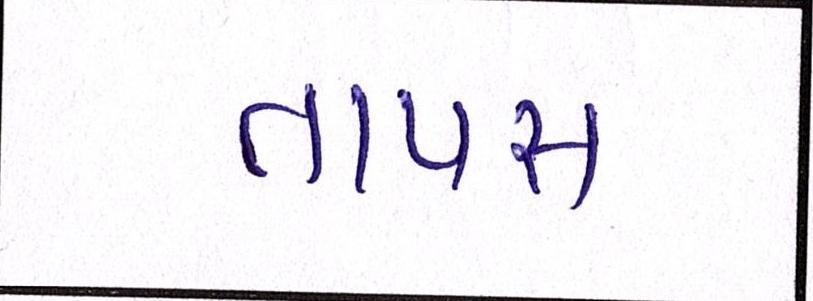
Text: તાપસ